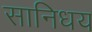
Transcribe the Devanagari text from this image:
सानिधय